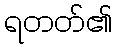
ရတတ်၏